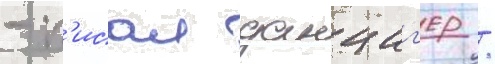
- п'исал данциг'ер /